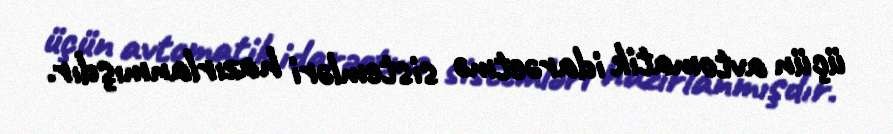
üçün avtomatik idarəetmə sistemləri hazırlanmışdır.